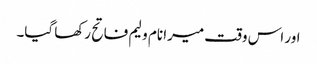
اور اس وقت میرا نام ولیم فاتح رکھا گیا۔